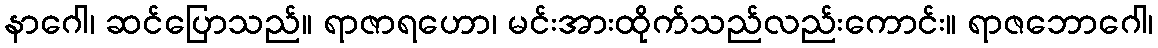
နာဂေါ၊ ဆင်ပြောသည်။ ရာဇာရဟော၊ မင်းအားထိုက်သည်လည်းကောင်း။ ရာဇဘောဂေါ၊